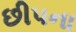
છીપના